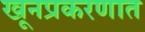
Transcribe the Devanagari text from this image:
खूनप्रकरणात